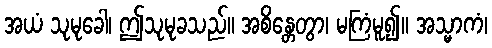
အယံ သုမုခေါ၊ ဤသုမုခသည်။ အစိန္တေတွာ၊ မကြံမူ၍။ အသ္မာကံ၊